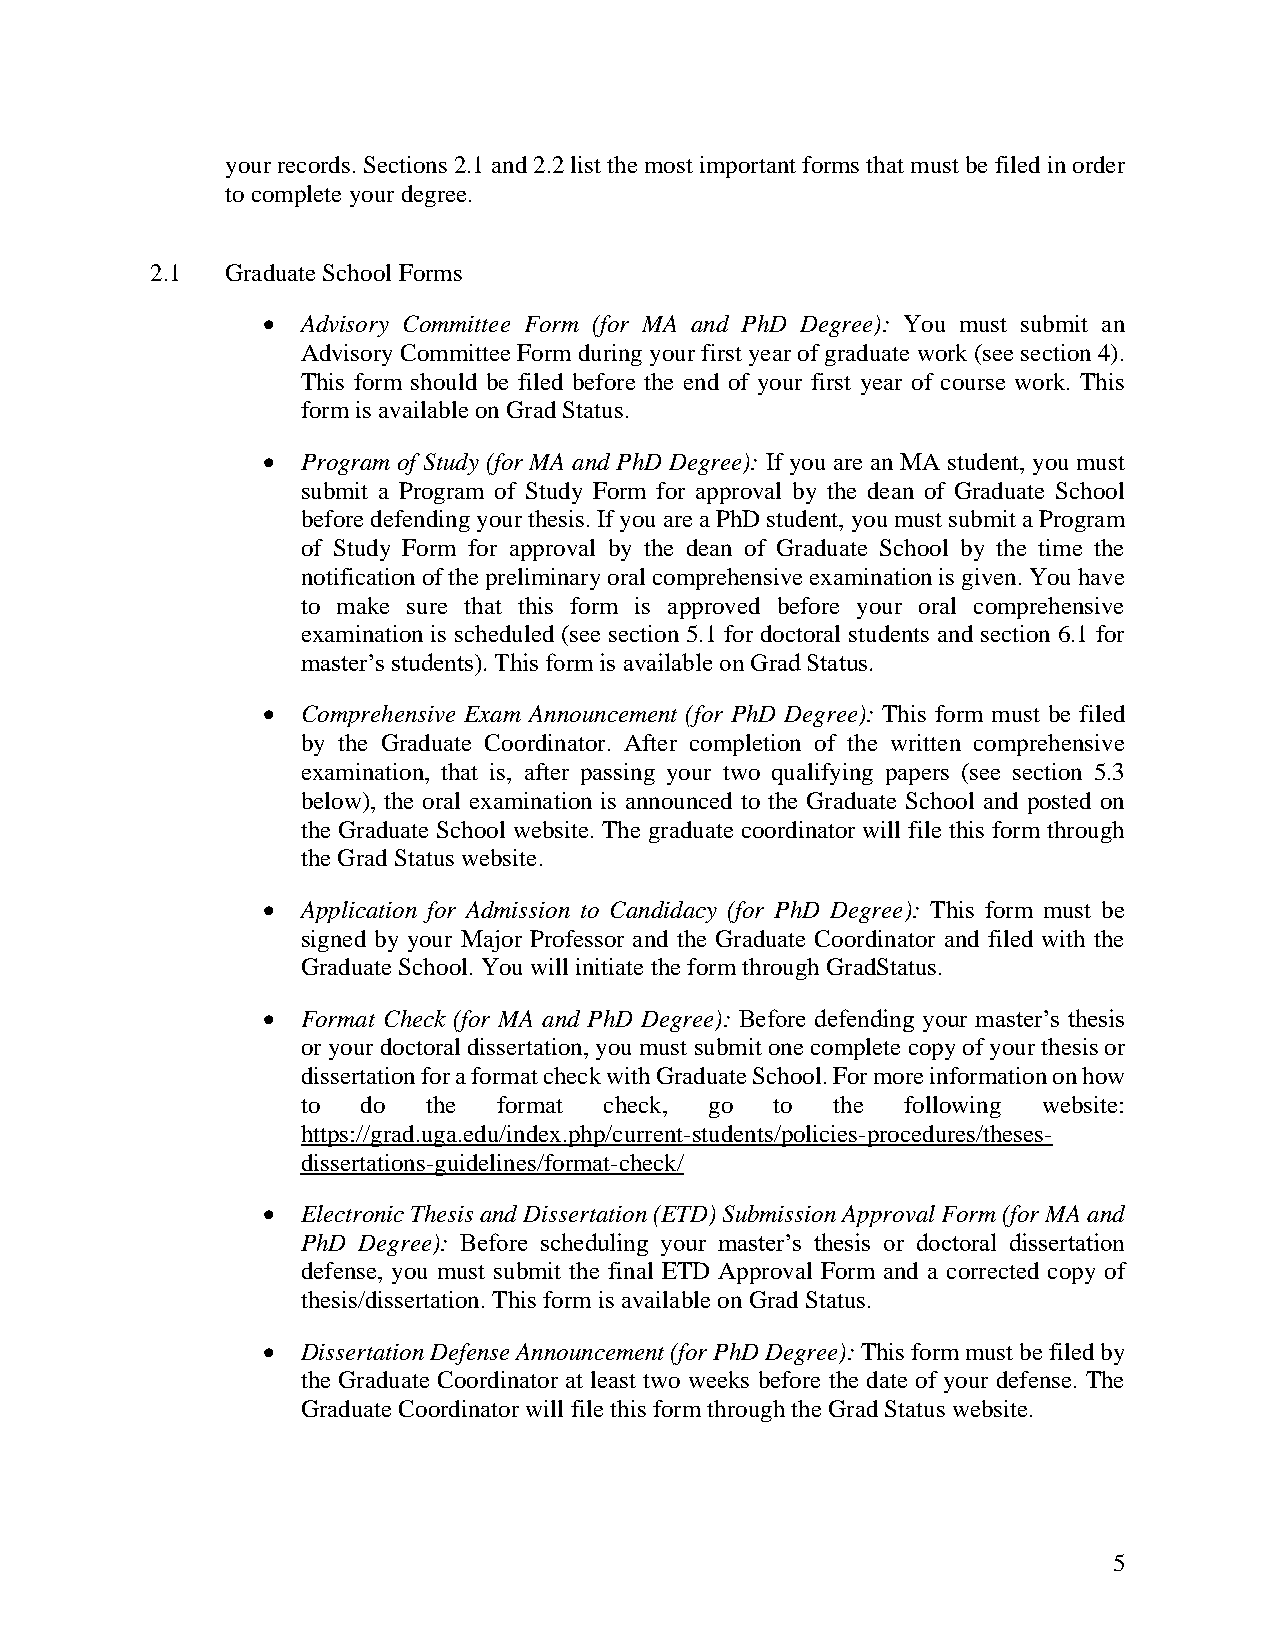
your records. Sections 2.1 and 2.2 list the most important forms that must be filed in order
 to complete your degree.
 2.1  Graduate School Forms
 •  Advisory Committee Form (for MA and PhD Degree): You must submit an
 Advisory Committee Form during your first year of graduate work (see section 4).
 This form should be filed before the end of your first year of course work. This
 form is available on Grad Status.
 •  Program of Study (for MA and PhD Degree): If you are an MA student, you must
 submit a Program of Study Form for approval by the dean of Graduate School
 before defending your thesis. If you are a PhD student, you must submit a Program
 of Study Form for approval by the dean of Graduate School by the time the
 notification of the preliminary oral comprehensive examination is given. You have
 to make sure that this form is approved before your oral comprehensive
 examination is scheduled (see section 5.1 for doctoral students and section 6.1 for
 master’s students). This form is available on Grad Status.
 •  Comprehensive Exam Announcement (for PhD Degree): This form must be filed
 by the Graduate Coordinator. After completion of the written comprehensive
 examination, that is, after passing your two qualifying papers (see section 5.3
 below), the oral examination is announced to the Graduate School and posted on
 the Graduate School website. The graduate coordinator will file this form through
 the Grad Status website.
 •  Application for Admission to Candidacy (for PhD Degree): This form must be
 signed by your Major Professor and the Graduate Coordinator and filed with the
 Graduate School. You will initiate the form through GradStatus.
 •  Format Check (for MA and PhD Degree): Before defending your master’s thesis
 or your doctoral dissertation, you must submit one complete copy of your thesis or
 dissertation for a format check with Graduate School. For more information on how
 to  do  the  format check, go  to  the  following website:
 https://grad.uga.edu/index.php/current-students/policies-procedures/theses-
 dissertations-guidelines/format-check/
 •  Electronic Thesis and Dissertation (ETD) Submission Approval Form (for MA and
 PhD Degree): Before scheduling your master’s thesis or doctoral dissertation
 defense, you must submit the final ETD Approval Form and a corrected copy of
 thesis/dissertation. This form is available on Grad Status.
 •  Dissertation Defense Announcement (for PhD Degree): This form must be filed by
 the Graduate Coordinator at least two weeks before the date of your defense. The
 Graduate Coordinator will file this form through the Grad Status website.
 5